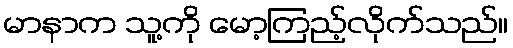
မာနာက သူ့ကို မော့ကြည့်လိုက်သည်။